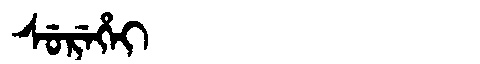
Manchu: ᠰᡠᡵᡝᡥᡝᡳ
Romanization: SUREHEI